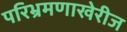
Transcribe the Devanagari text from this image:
परिभ्रमणाखेरीज